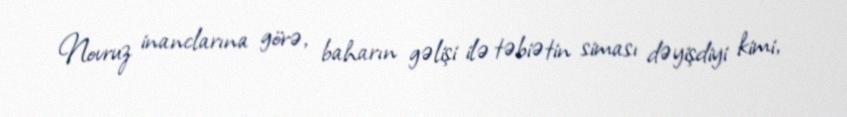
Novruz inanclarına görə, baharın gəlişi ilə təbiətin siması dəyişdiyi kimi,